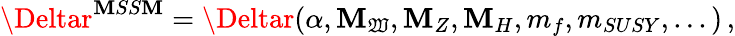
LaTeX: \Deltar^{\mathbf{M}SS\mathbf{M}}=\Deltar(\alpha,\mathbf{M}_{\mathfrak{W}},\mathbf{M}_{Z},\mathbf{M}_{H},m_{f},m_{SUSY},...)\, ,